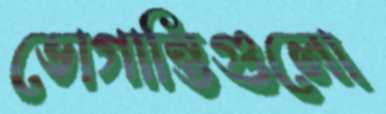
ভোগান্তিগুলো